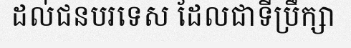
ដល់ជនបរទេស ដែលជាទីប្រឹក្សា